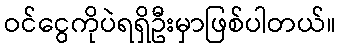
ဝင်ငွေကိုပဲရရှိဦးမှာဖြစ်ပါတယ်။